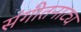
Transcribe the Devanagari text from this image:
संगीतनाट्य